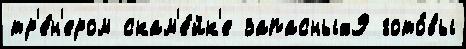
тр'е́н'ером скам'е́йк'е запасных9 гото́вы